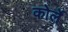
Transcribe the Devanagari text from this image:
कोर्ले